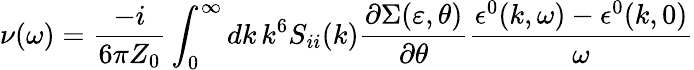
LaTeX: \nu(\omega)=\frac{-i}{6\pi Z_{0}}\int_{0}^{\infty}dk\, k^{6}S_{ii}(k)\frac{\partial\Sigma(\varepsilon,\theta)}{\partial\theta}\frac{\epsilon^{0}(k,\omega)-\epsilon^{0}(k,0)}{\omega}